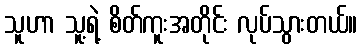
သူဟာ သူ့ရဲ့ စိတ်ကူးအတိုင်း လုပ်သွားတယ်။